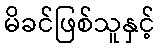
မိခင်ဖြစ်သူနှင့်